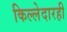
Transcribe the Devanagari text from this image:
किल्लेदारही